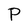
Character: P